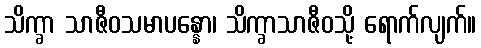
သိက္ခာ သာဇီဝသမာပန္နော၊ သိက္ခာသာဇီဝသို့ ရောက်လျက်။